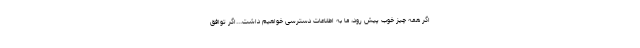
اگر همه چیز خوب پیش رود، ما به اطلاعات دسترسی خواهیم داشت...اگر توافق